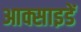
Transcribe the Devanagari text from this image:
आक्साइडें